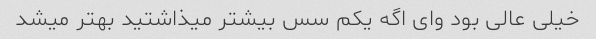
خیلی عالی بود وای اگه یکم سس بیشتر میذاشتید بهتر میشد